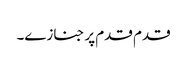
قدم قدم پر جنازے۔